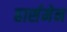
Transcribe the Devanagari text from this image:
हार्समेन